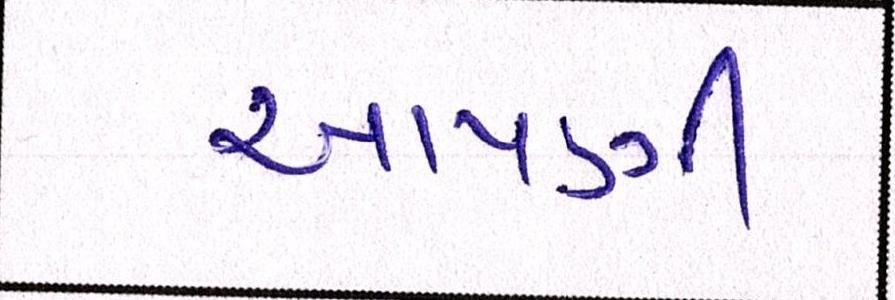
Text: આપણી